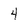
Character: 4